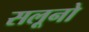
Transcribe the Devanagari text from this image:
सलूनो